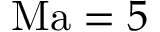
\mathrm { M a } = 5